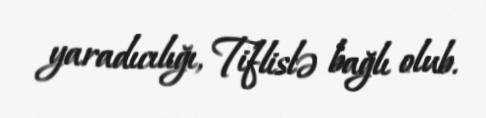
yaradıcılığı, Tiflislə bağlı olub.